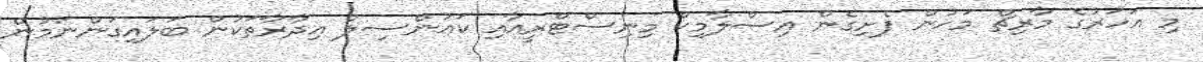
މި އަހަރުގެ މާރިޗް މަހުން ފެށިގެން އިސްލާމިކް މިނިސްޓްރީއާއި ކައުންސިލް އިދާރާތަކުން ބަލައިގަންނަމުން